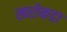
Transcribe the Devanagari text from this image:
खरोकडा